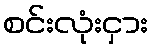
စင်းလုံးငှား